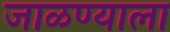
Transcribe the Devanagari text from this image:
जाळण्याला